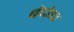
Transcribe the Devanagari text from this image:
बंदोडा